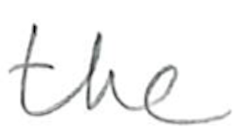
Text: the
Cross-out: clean
Writing tool: pencil